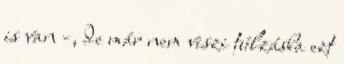
is van -, de már nem viszi túlzásba ezt